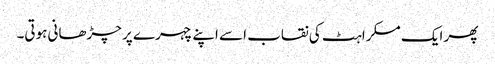
پھر ایک مسکراہٹ کی نقاب اسے اپنے چہرے پر چڑھانی ہوتی۔